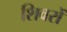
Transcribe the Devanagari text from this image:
शिवरों